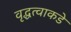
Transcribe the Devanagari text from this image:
वृद्धत्वाकडे